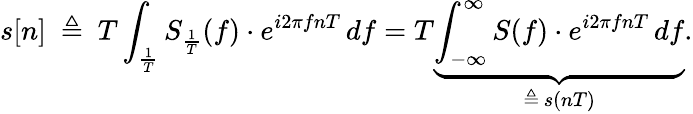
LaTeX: s[n]\ \triangleq\ T\int_{\frac{1}{T}}S_{\frac{1}{T}}(f)\cdot e^{i2\pi fnT}\, df=T\underbrace{\int_{-\infty}^{\infty}S(f)\cdot e^{i2\pi fnT}\, df}_{\triangleq\, s(nT)}.